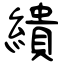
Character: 繢